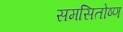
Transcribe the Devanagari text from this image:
समसितोष्ण